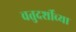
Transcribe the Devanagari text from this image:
चतुदर्शीच्या